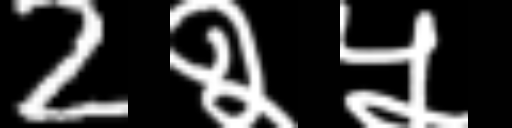
Text: 2२५